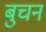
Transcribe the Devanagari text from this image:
बुचन